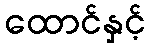
ထောင်နှင့်